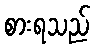
စားရသည်